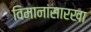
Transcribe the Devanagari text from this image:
विमानांसारखा